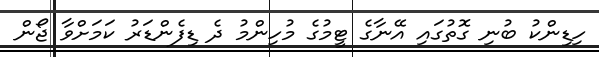
ހިޑިންކު ބުނި ގޮތުގައި އޭނާގެ ޓީމުގެ މުހިންމު ދެ ޑިފެންޑަރު ކަމަށްވާ ޖޯން